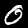
Label: 0